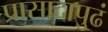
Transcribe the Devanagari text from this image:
प्रासादापुढं